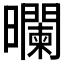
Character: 𰖻